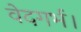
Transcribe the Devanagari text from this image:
वेदगर्भ।